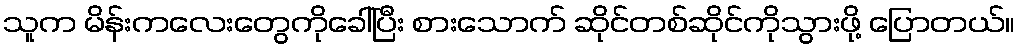
သူက မိန်းကလေးတွေကိုခေါ်ပြီး စားသောက် ဆိုင်တစ်ဆိုင်ကိုသွားဖို့ ပြောတယ်။